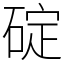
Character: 碇